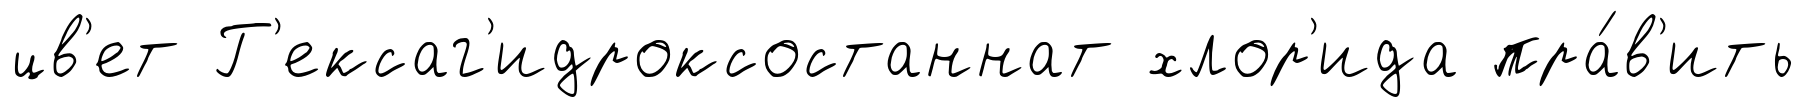
цв'ет Г'ексаг'идроксостаннат хлор'ида пра́в'ить